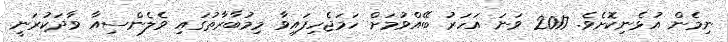
ނިމެން އުޅެނިކޮށެވެ. 2017 ވަނަ އަހަރު ބޭއްވުމަށް ހަމަޖެހިފައިވާ މިމުބާރާތުގައި ވެލެންސިއާ ވާދަކުރަނީ